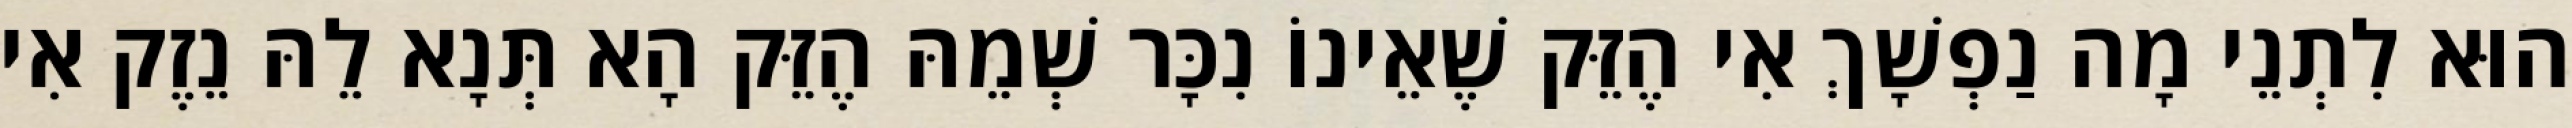
הוּא לִתְנֵי מָה נַפְשָׁךְ אִי הֶזֵּק שֶׁאֵינוֹ נִכָּר שְׁמֵהּ הֶזֵּק הָא תְּנָא לֵהּ נֵזֶק אִי